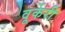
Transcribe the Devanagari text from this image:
वूर्केरी